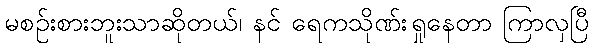
မစဉ်းစားဘူးသာဆိုတယ်၊ နင် ရေကသိုဏ်းရှုနေတာ ကြာလှပြီ